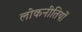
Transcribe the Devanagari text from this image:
लोकनीतियों